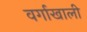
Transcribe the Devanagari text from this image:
वर्गाखाली